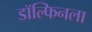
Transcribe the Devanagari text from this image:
डॉल्फिनला